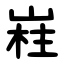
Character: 嵀